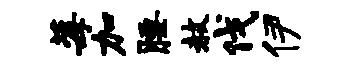
莓加腰赦伐伊